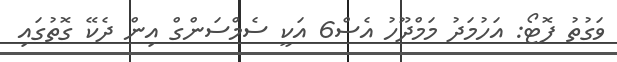
ވަގުތު ފޮޓޯ: އަހުމަދު މަމްދޫހު އެސް6 އަކީ ސެމްސަންގް އިން ދެކޭ ގޮތުގައި